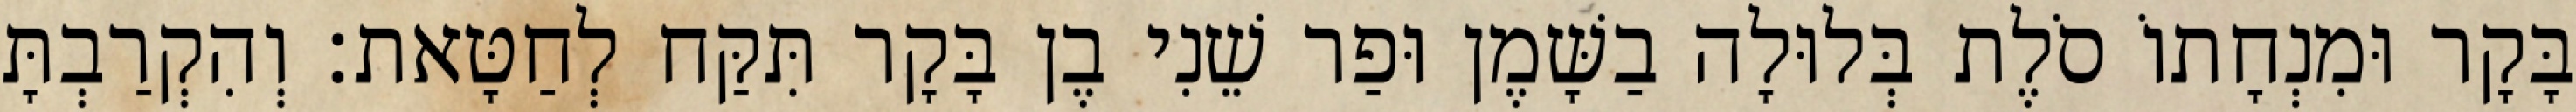
בָּקָר וּמִנְחָתוֹ סֹלֶת בְּלוּלָה בַשָּׁמֶן וּפַר שֵׁנִי בֶן בָּקָר תִּקַּח לְחַטָּאת׃ וְהִקְרַבְתָּ